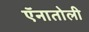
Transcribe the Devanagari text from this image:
ऍनातोली